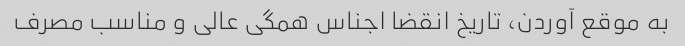
به موقع آوردن، تاریخ انقضا اجناس همگی عالی و مناسب مصرف